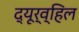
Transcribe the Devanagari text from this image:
द्यूर्व्हिल